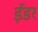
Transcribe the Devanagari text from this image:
ईंडर